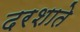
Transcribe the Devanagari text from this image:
दरशाते